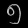
Digit: ၅